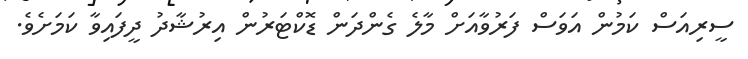
ސީރިއަސް ކަމުން އަވަސް ފަރުވާއަށް މާލެ ގެންދަން ޑޮކްޓަރުން އިރުޝާދު ދީފައިވާ ކަމަށެވެ.